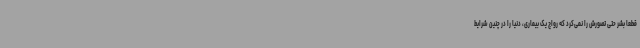
قطعا بشر حتی تصورش را نمی‌کرد که رواج یک بیماری، دنیا را در چنین شرایط